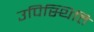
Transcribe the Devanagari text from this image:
उपिस्थिति